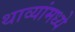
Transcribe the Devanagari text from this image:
थाव्यांमध्ये